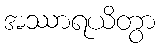
အဿာရယိတွာ